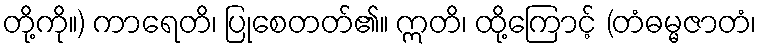
တို့ကို။) ကာရေတိ၊ ပြုစေတတ်၏။ ဣတိ၊ ထို့ကြောင့် (တံဓမ္မဇာတံ၊